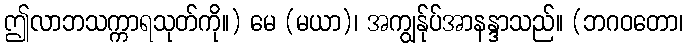
ဤလာဘသက္ကာရသုတ်ကို။) မေ (မယာ)၊ အကျွန်ုပ်အာနန္ဒာသည်။ (ဘဂဝတော၊